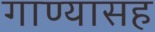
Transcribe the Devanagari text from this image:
गाण्यासह